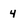
Character: 4